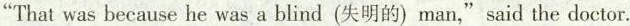
That was because he was a blind (失明的)man,"said the doctor.